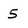
Character: 5